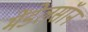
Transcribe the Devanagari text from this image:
मेंडेलसॉन